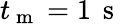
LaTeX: t_{\mathrm{~m~}}=1\, \mathrm{~s~}